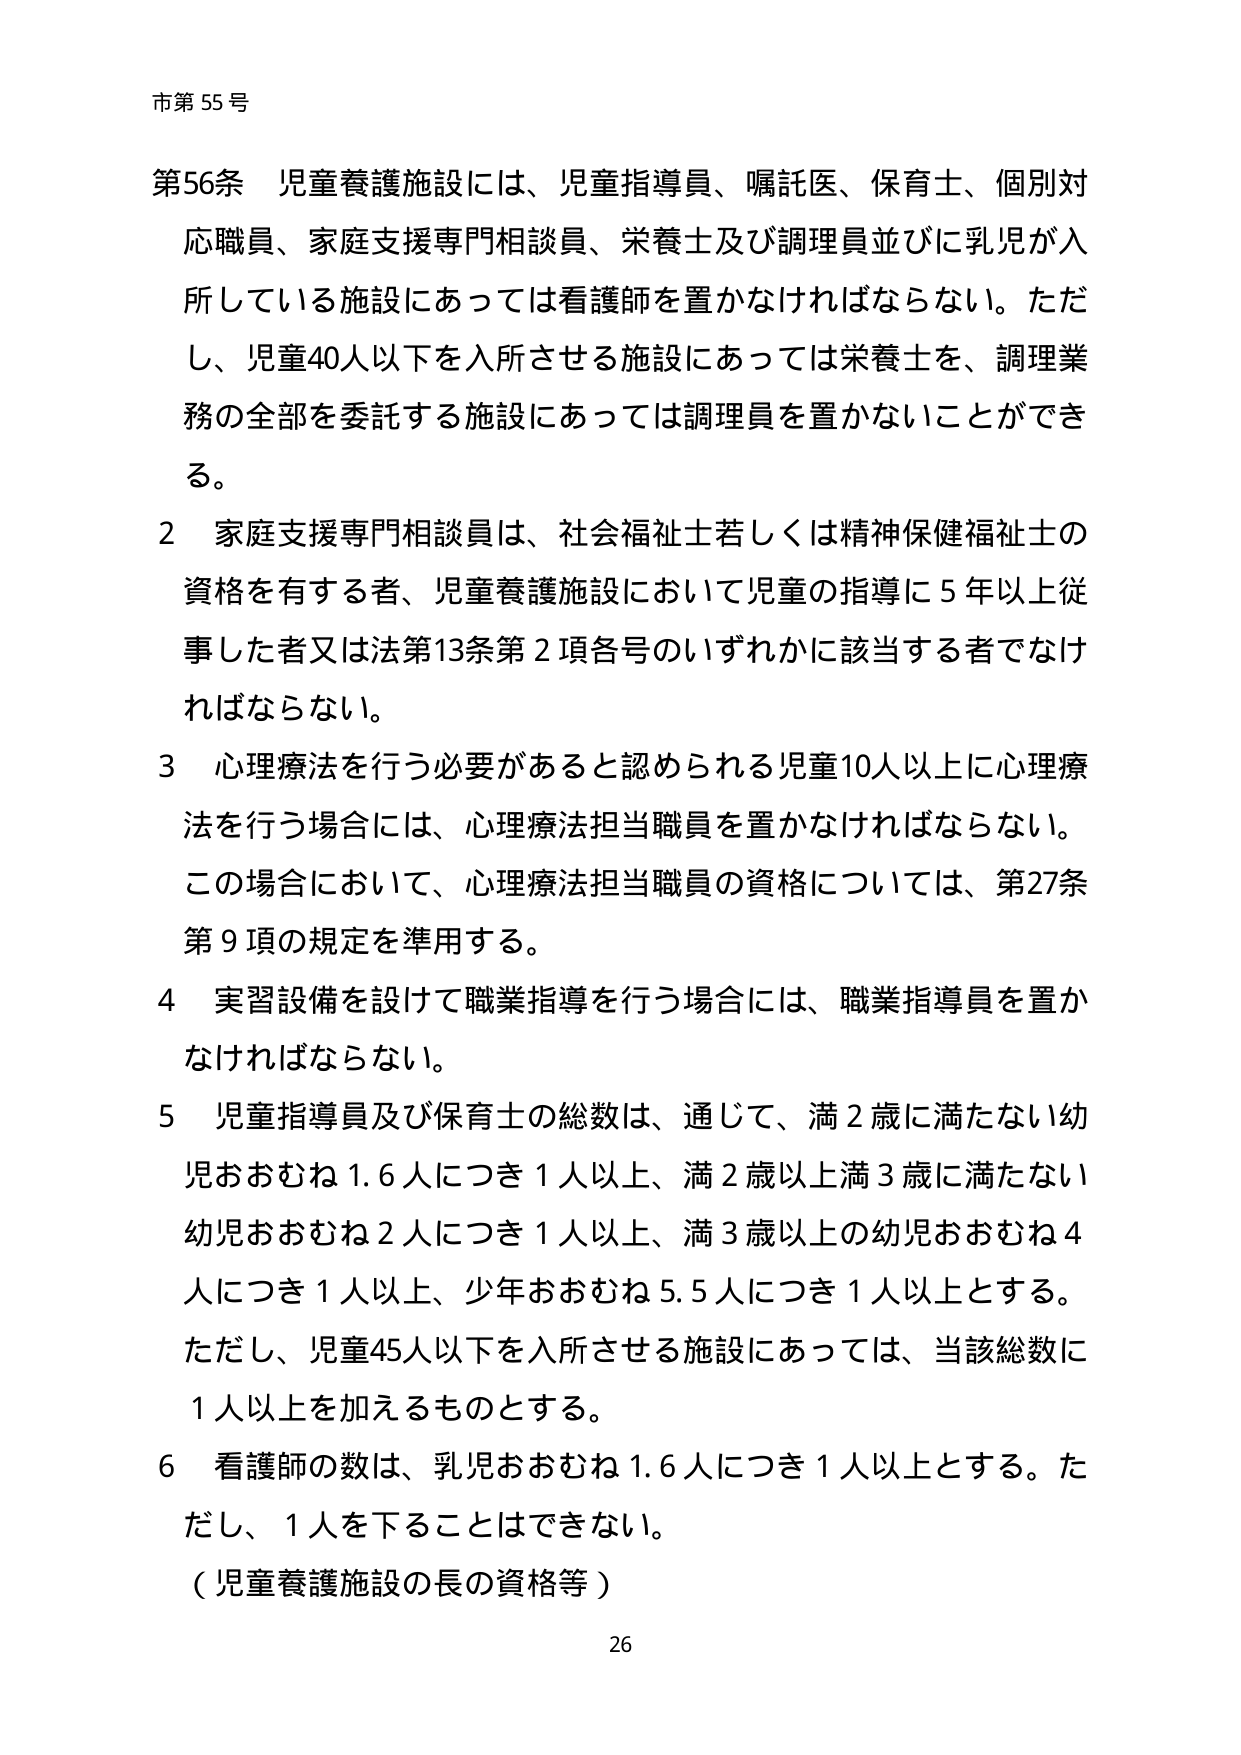
市第55号

第56条 児童養護施設には、児童指導員、嘱託医、保育士、個別対応職員、家庭支援専門相談員、栄養士及び調理員並びに乳児が入所している施設にあっては看護師を置かなければならない。ただし、児童40人以下を入所させる施設にあっては栄養士を、調理業務の全部を委託する施設にあっては調理員を置かないことができる。

2 家庭支援専門相談員は、社会福祉士若しくは精神保健福祉士の資格を有する者、児童養護施設において児童の指導に5年以上従事した者又は法第13条第2項各号のいずれかに該当する者でなければならない。

3 心理療法を行う必要があると認められる児童10人以上に心理療法を行う場合には、心理療法担当職員を置かなければならない。この場合において、心理療法担当職員の資格については、第27条第9項の規定を準用する。

4 実習設備を設けて職業指導を行う場合には、職業指導員を置かなければならない。

5 児童指導員及び保育士の総数は、通じて、満2歳に満たない幼児おおむね1.6人につき1人以上、満2歳以上満3歳に満たない幼児おおむね2人につき1人以上、満3歳以上の幼児おおむね4人につき1人以上、少年おおむね5.5人につき1人以上とする。ただし、児童45人以下を入所させる施設にあっては、当該総数に1人以上を加えるものとする。

6 看護師の数は、乳児おおむね1.6人につき1人以上とする。ただし、1人を下ることはできない。

（児童養護施設の長の資格等）

26